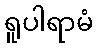
ရူပါရာမံ